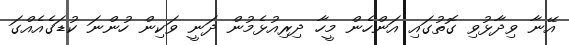
އޭނާ ވިދާޅުވި ގޮތުގައި އަންހެން މީހާ ދިރިއުޅެމުން ދަނީ ވަކިން ހުންނަ ކުޑަގެއެއްގަ